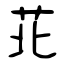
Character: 苝